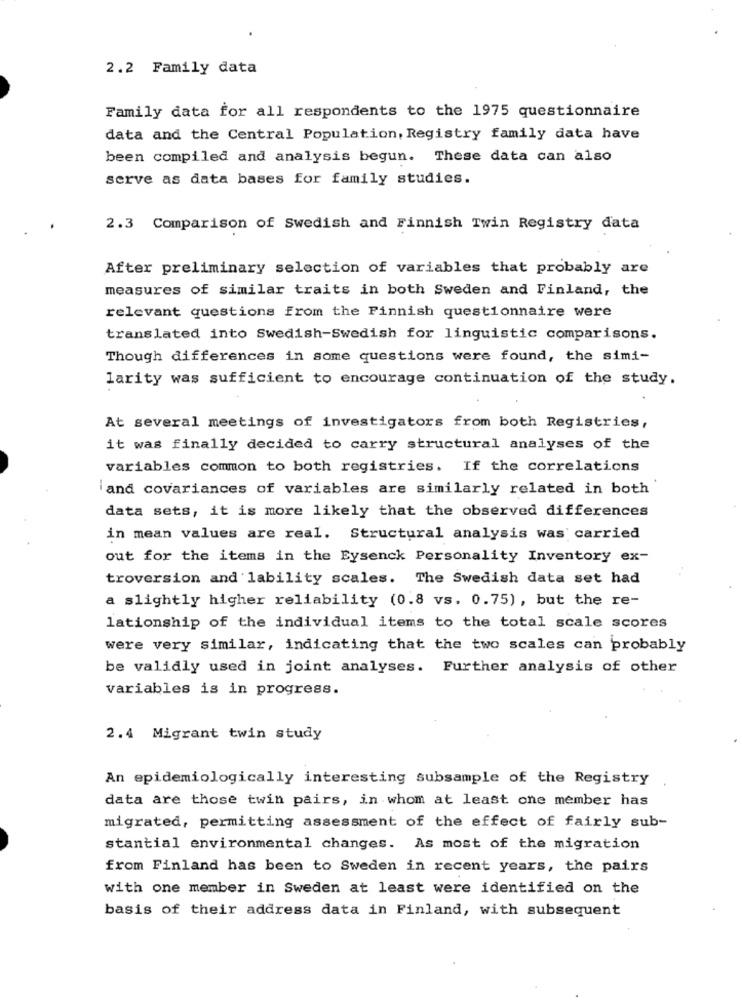
2.2 Family data
Family data for all respondents to the 1975 questionnaire
data and the Central Population, Registry family data have
been compiled and analysis begun. These data can also
serve as data bases for family studies.
2.3 Comparison of Swedish and Finnish Twin Registry data
After preliminary selection of variables that probably are
measures of similar traits in both Sweden and Finland, the
relevant questions from the Finnish questionnaire were
translated into Swedish-Swedish for linguistic comparisons.
Though differences in some questions were found, the simi-
larity was sufficient to encourage continuation of the study.
At several meetings of investigators from both Registries,
it was finally decided to carry structural analyses of the
variables common to both registries. If the correlations
iand covariances of variables are similarly related in both
data sets, it is more likely that the observed differences
in mean values are real. Structural analysis was carried
out for the items in the Eysenck Personality Inventory ex-
troversion and lability scales. The Swedish data set had
a slightly higher reliability (0.8 vs. 0.75), but the re-
lationship of the individual items to the total scale scores
were very similar, indicating that the two scales can probably
be validly used in joint analyses. Further analysis of other
variables is in progress.
2.4 Migrant twin study
An epidemiologically interesting subsample of the Registry
data are those twin pairs, in whom at least one member has
migrated, permitting assessment of the effect of fairly sub-
stantial environmental changes. As most of the migration
from Finland has been to Sweden in recent years, the pairs
with one member in Sweden at least were identified on the
basis of their address data in Finland, with subsequent